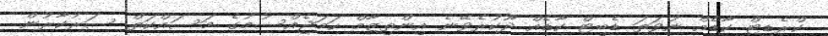
ކްރެޑިޓް ކާޑެއް ނުވަތަ ޑެބިޓް ކާޑެއް ދޫކުރެވޭނެ އިންތިޒާމް ހަމަޖެއްސުމުގެ މަސައްކަތް ސަރުކާރުން